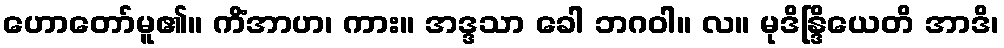
ဟောတော်မူ၏။ ကိံအာဟ၊ ကား။ အဒ္ဒသာ ခေါ ဘဂဝါ။ လ။ မုဒိန္ဒြိယေတိ အာဒိ၊